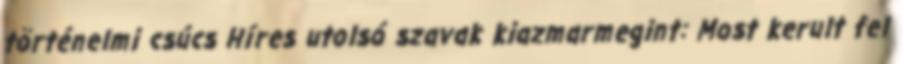
történelmi csúcs Híres utolsó szavak kiazmarmegint: Most kerult fel